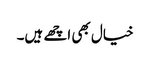
خیال بھی اچھے ہیں۔